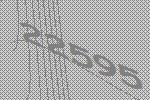
22595